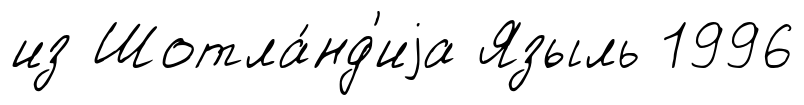
из Шотла́нд'иjа Языль 1996